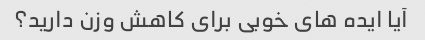
آیا ایده های خوبی برای کاهش وزن دارید؟